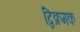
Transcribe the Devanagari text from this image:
द्विक्रमक